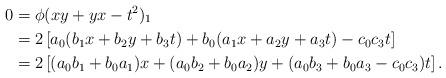
LaTeX: \begin{align*}0 &= \phi(xy+yx-t^2)_1 \\&= 2 \left[ a_0 (b_1 x + b_2 y + b_3 t) + b_0 (a_1 x + a_2 y + a_3 t) - c_0c_3t\right] \\&= 2 \left[ (a_0b_1 + b_0a_1)x + (a_0b_2+b_0a_2)y + (a_0b_3+b_0a_3 - c_0c_3)t\right].\end{align*}